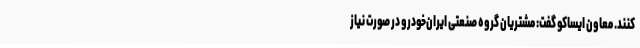
کنند. معاون ایساکو گفت: مشتریان گروه صنعتی ایران‌خودرو در صورت نیاز